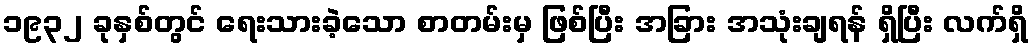
၁၉၃၂ ခုနှစ်တွင် ရေးသားခဲ့သော စာတမ်းမှ ဖြစ်ပြီး အခြား အသုံးချရန် ရှိပြီး လက်ရှိ